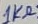
Text: 1KΩ